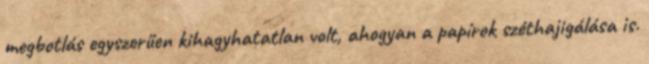
megbotlás egyszerűen kihagyhatatlan volt, ahogyan a papírok széthajigálása is.